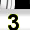
Digit: 3